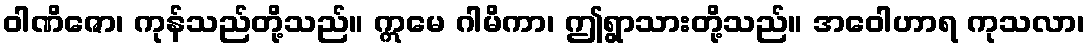
ဝါဏိဇော၊ ကုန်သည်တို့သည်။ ဣမေ ဂါမိကာ၊ ဤရွာသားတို့သည်။ အဝေါဟာရ ကုသလာ၊